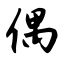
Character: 偶